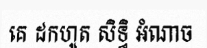
គេ ដកហូត សិទ្ធិ អំណាច